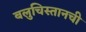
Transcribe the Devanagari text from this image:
बलुचिस्तानची